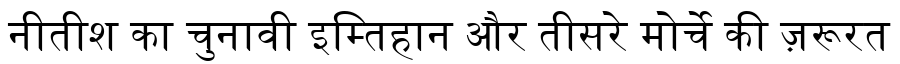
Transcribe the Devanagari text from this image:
नीतीश का चुनावी इम्तिहान और तीसरे मोर्चे की ज़रूरत